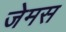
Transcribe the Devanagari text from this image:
जेमस